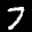
Label: 7